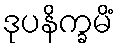
ဒုပနိက္ခမိံ